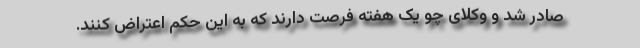
صادر شد و وکلای چو یک هفته فرصت دارند که به این حکم اعتراض کنند.